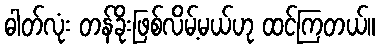
ဓါတ်လုံး တန်ခိုးဖြစ်လိမ့်မယ်ဟု ထင်ကြတယ်။